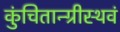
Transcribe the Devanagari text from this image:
कुंचितान्ग्रीस्थवं